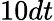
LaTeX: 10dt